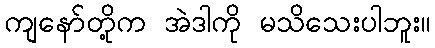
ကျနော်တို့က အဲဒါကို မသိသေးပါဘူး။